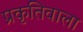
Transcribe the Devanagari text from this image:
प्रकृतिवाला